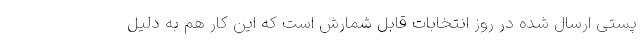
پستی ارسال شده در روز انتخابات قابل شمارش است که این کار هم به دلیل